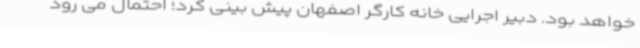
خواهد بود. دبیر اجرایی خانه کارگر اصفهان پیش بینی کرد؛ احتمال می رود